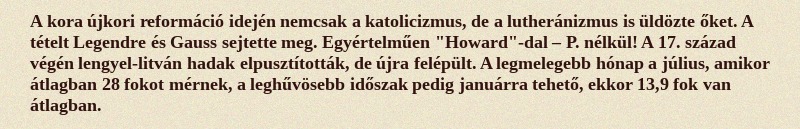
A kora újkori reformáció idején nemcsak a katolicizmus, de a lutheránizmus is üldözte őket. A tételt Legendre és Gauss sejtette meg. Egyértelműen "Howard"-dal – P. nélkül! A 17. század végén lengyel-litván hadak elpusztították, de újra felépült. A legmelegebb hónap a július, amikor átlagban 28 fokot mérnek, a leghűvösebb időszak pedig januárra tehető, ekkor 13,9 fok van átlagban.